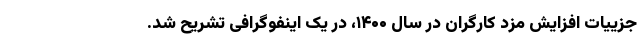
جزییات افزایش مزد کارگران در سال ۱۴۰۰، در یک اینفوگرافی تشریح شد.